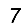
Digit: 7